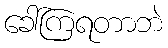
ခေါ်ကြရတာဘဲ